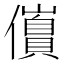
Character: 𫤀